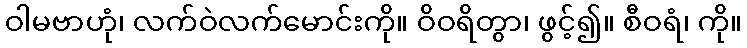
ဝါမဗာဟုံ၊ လက်ဝဲလက်မောင်းကို။ ဝိဝရိတွာ၊ ဖွင့်၍။ စီဝရံ၊ ကို။